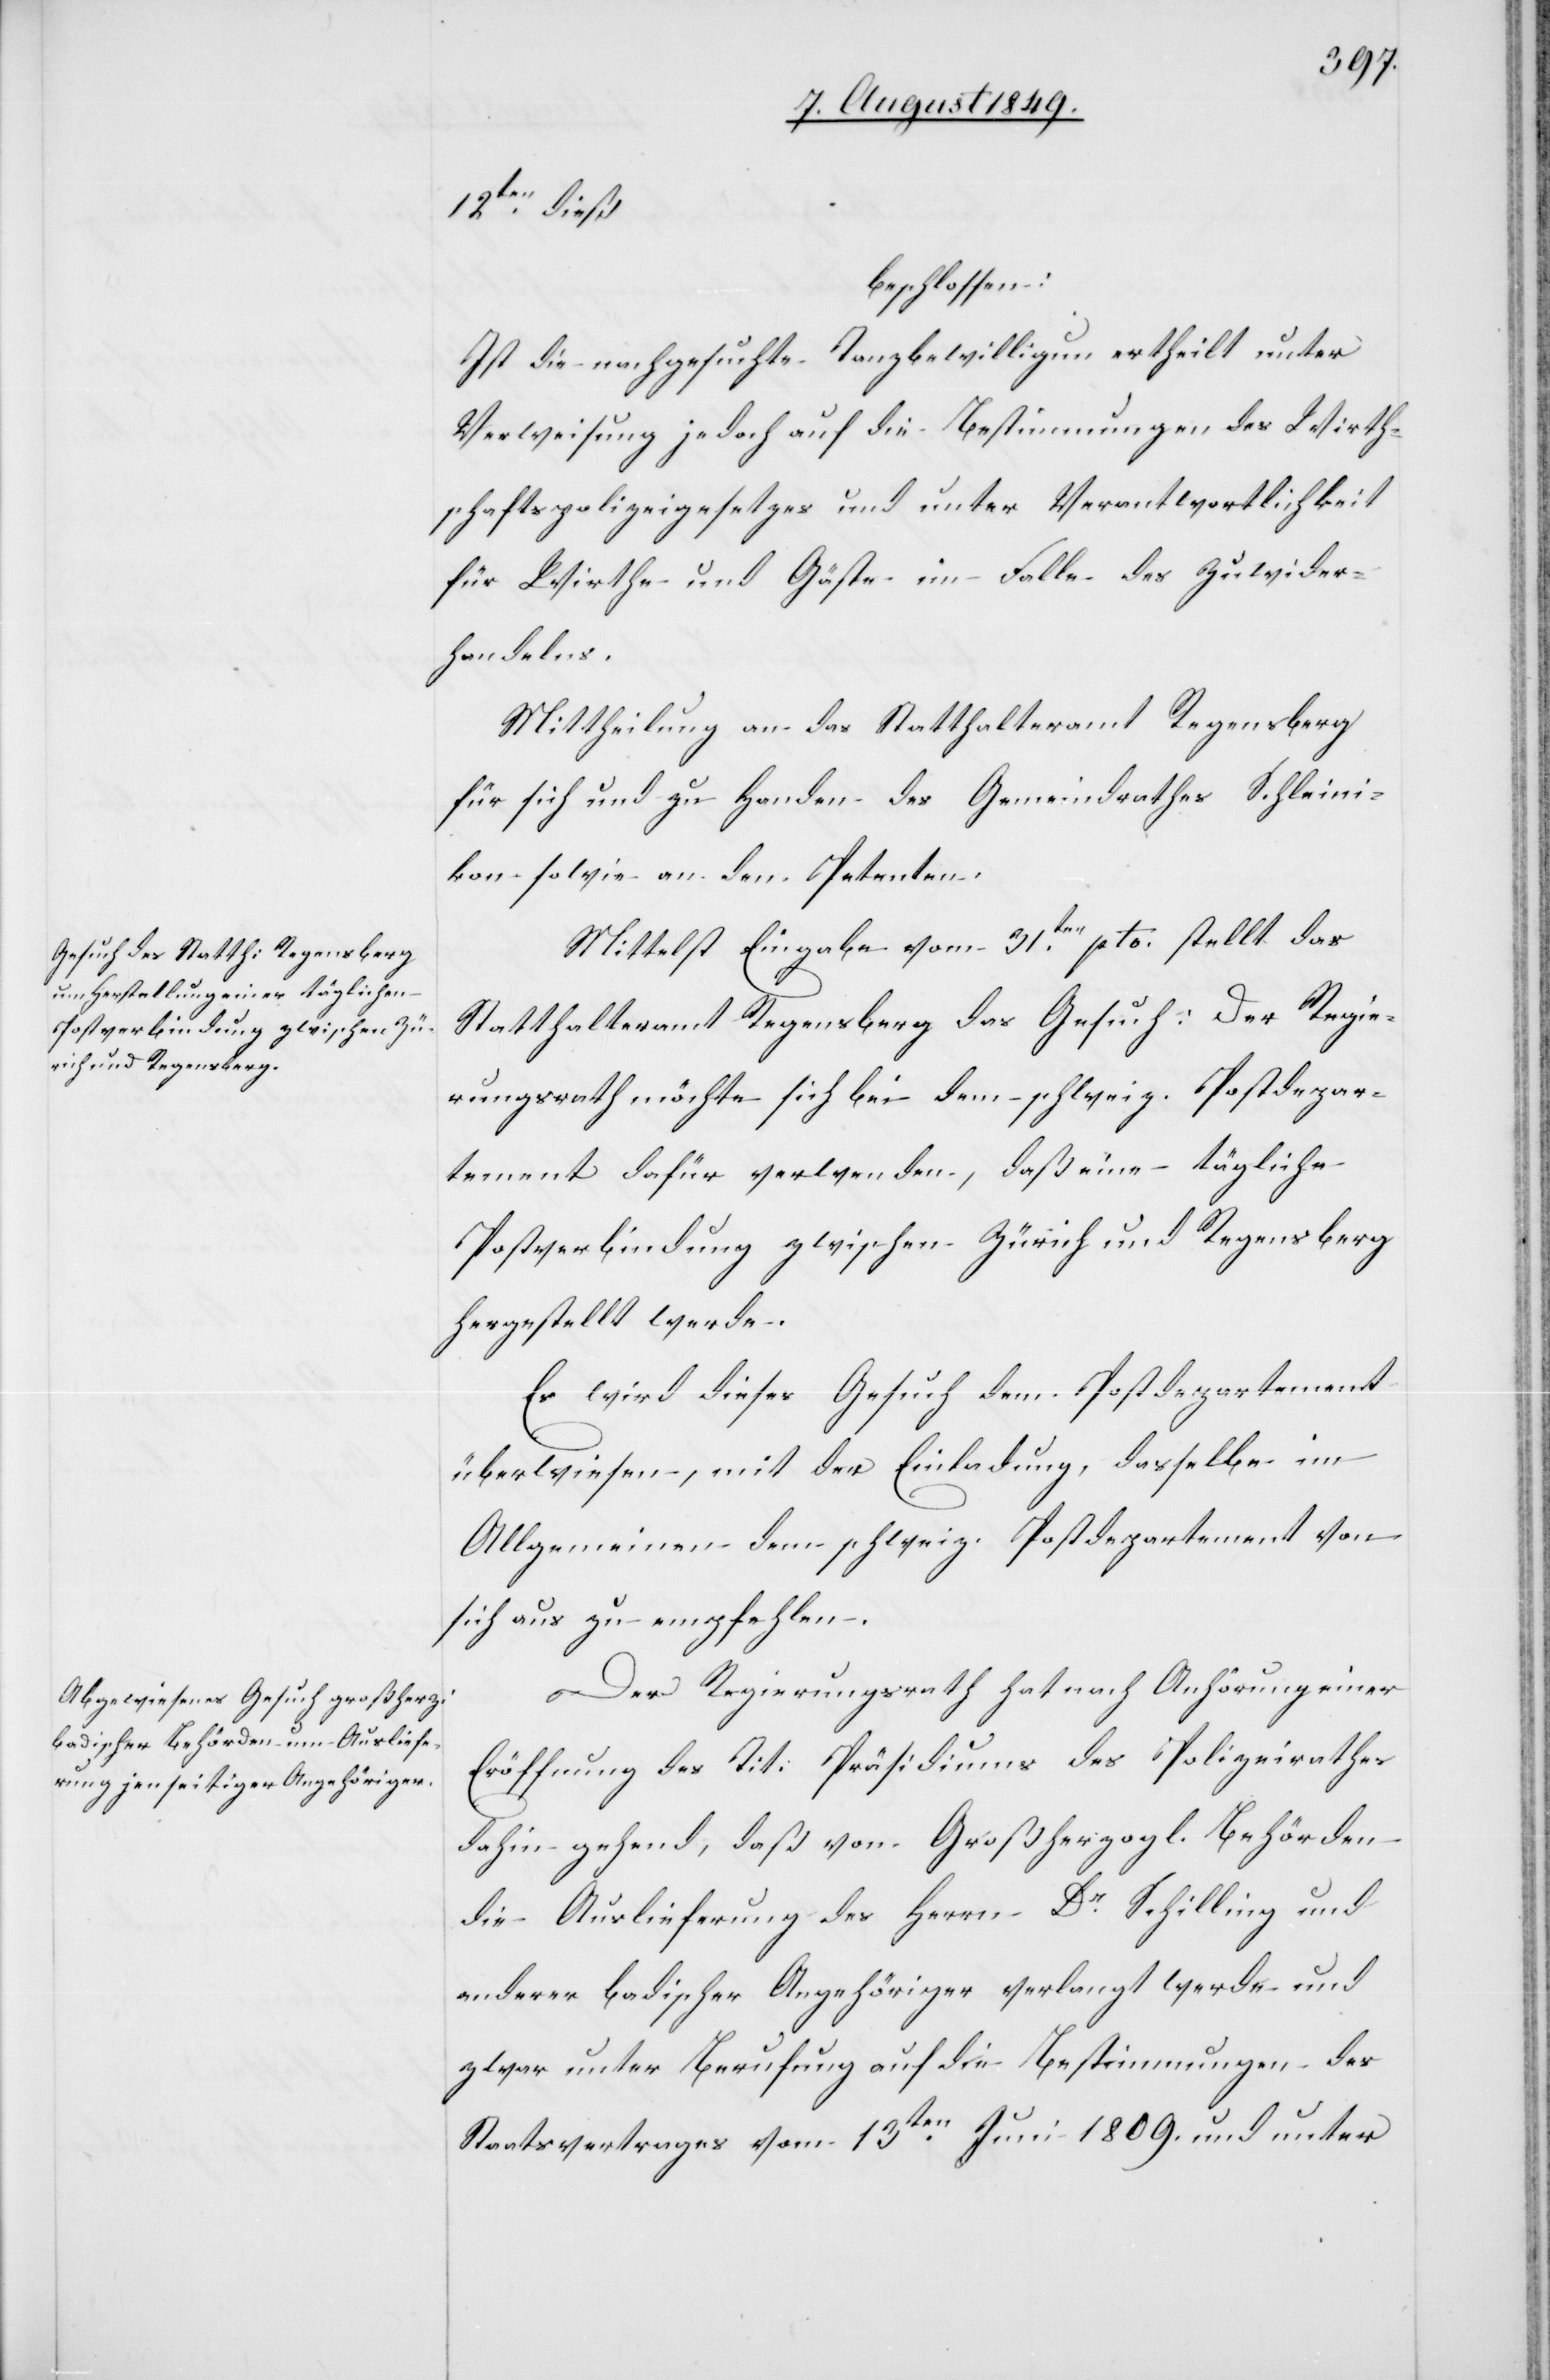
12ten dieß
beschlossen:
Ist die nachgesuchte Tanzbewilligung ertheilt unter
Verweisung jedoch auf die Bestimmung des Wirth¬
schaftspolizeigesetzes und unter Verantwortlichkeit
für Wirthe und Gäste im Falle des Zuwider¬
handelns.
Mittheilung an das Statthalteramt Regensberg
für sich und zu Handen des Gemeindrathes Schleini¬
kon sowie an den Petenten.
Mittelst Eingabe vom 31ten pto. stellt das
Statthalteramt Regensberg das Gesuch: Der Regie¬
rungsrath möchte sich bei dem schweiz. Postdepar¬
tement dafür verwenden, daß eine tägliche
Postverbindung zwischen Zürich und Regensberg
hergestellt werde.
Es wird dieses Gesuch dem Postdepartement
überwiesen, mit der Einladung, dasselbe im
Allgemeinen dem schweiz. Postdepartement von
sich aus zu empfehlen.
Der Regierungsrath hat nach Anhörung einer
Eröffnung des Tit. Präsidiums des Polizeirathes
dahin gehend, daß vom Großherzogl. Behörden
die Auslieferung des Herrn Dr Schilling und
anderer badischer Angehöriger verlangt werde und
zwar unter Berufung auf die Bestimmungen des
Staatsvertrages vom 13ten Juni 1809. und unter